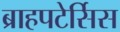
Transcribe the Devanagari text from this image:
ब्राहपटेर्सिस